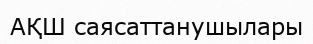
АҚШ саясаттанушылары